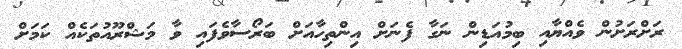
ރަށްރަށުން ވެއްޔާއި ބިމުއަޑިން ނަގާ ފެނަށް އިންތިހާއަށް ބަރޯސާވެފައި ވާ މަޝްރޫއުތަކެއް ކަމަށް